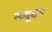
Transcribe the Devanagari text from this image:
न्य्यूटन